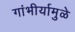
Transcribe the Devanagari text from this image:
गांभीर्यामुळे